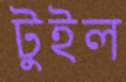
টুইল